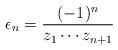
LaTeX: \begin{align*} \epsilon_n = \frac{(-1)^n}{z_1 \cdots z_{n + 1}} \end{align*}